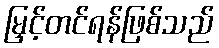
မြှင့်တင်ရန်ဖြစ်သည်